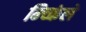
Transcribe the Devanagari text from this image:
म्च्किंले